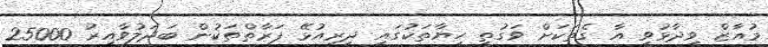
މުއާޒް ވިދާޅުވީ އާ ގެތަކަށް ވަގުތީ ހިޔާތަކުގައި ދިރިއުޅޭ ފަރާތްތަކުން ބަދަލުވާއިރު 25000